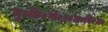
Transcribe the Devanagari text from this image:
जु०कि०गो०प्र०स०वि०म०